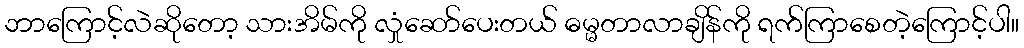
ဘာကြောင့်လဲဆိုတော့ သားအိမ်ကို လှုံဆော်ပေးတယ် ဓမ္မတာလာချိန်ကို ရက်ကြာစေတဲ့ကြောင့်ပါ။